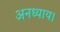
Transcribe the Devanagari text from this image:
अनध्याय।